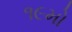
૧૯મો